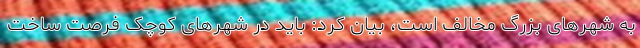
به شهرهای بزرگ مخالف است، بیان کرد: باید در شهرهای کوچک فرصت ساخت